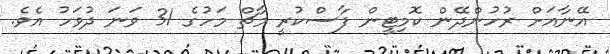
އޭނާއަށް ރުހުންދޭން ކޮމިޓީން ފާސްކުރީ މާޗް މަހުގެ 31 ވަނަ ދުވަހު އެވެ.